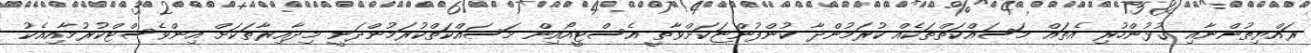
ރައްޔިތުންނާއި ގުޅުންހުރި އެތައް މަސައްކަތްތަކެއް ކުރަމުންދާ ކުންފުންޏަކަށްވާތީ އެސްޓީއޯއިން މަސައްކަތްކުރަމުންދަނީ މިދާއިރާތަކަށް އިންވެސްޓްކުރުމާއިއެކު